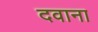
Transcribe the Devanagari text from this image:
दवाना